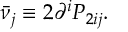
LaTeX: \bar { \nu } _ { j } \equiv 2 \partial ^ { i } P _ { 2 i j } .